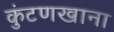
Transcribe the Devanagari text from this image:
कुंटणखाना